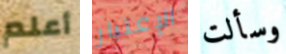
أعلم الإعتبار وسألت